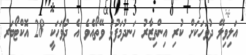
އަލިވިލޭ ދުވަހަކަށް ކުރި އިންތިޒާރު ހަނދުމަފުޅު ވޭތޯއެވެ އެ ދުވަހަކީ 28 އޮކްޓޯބަރ